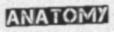
ANATOMY